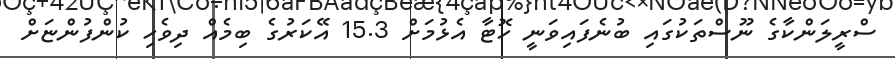
ސްރީލަންކާގެ ނޫސްތަކުގައި ބުނެފައިވަނީ ހޮޓާ އެޅުމަށް 15.3 އޭކަރުގެ ބިމެއް ދިވެހި ކުންފުންޏަށް